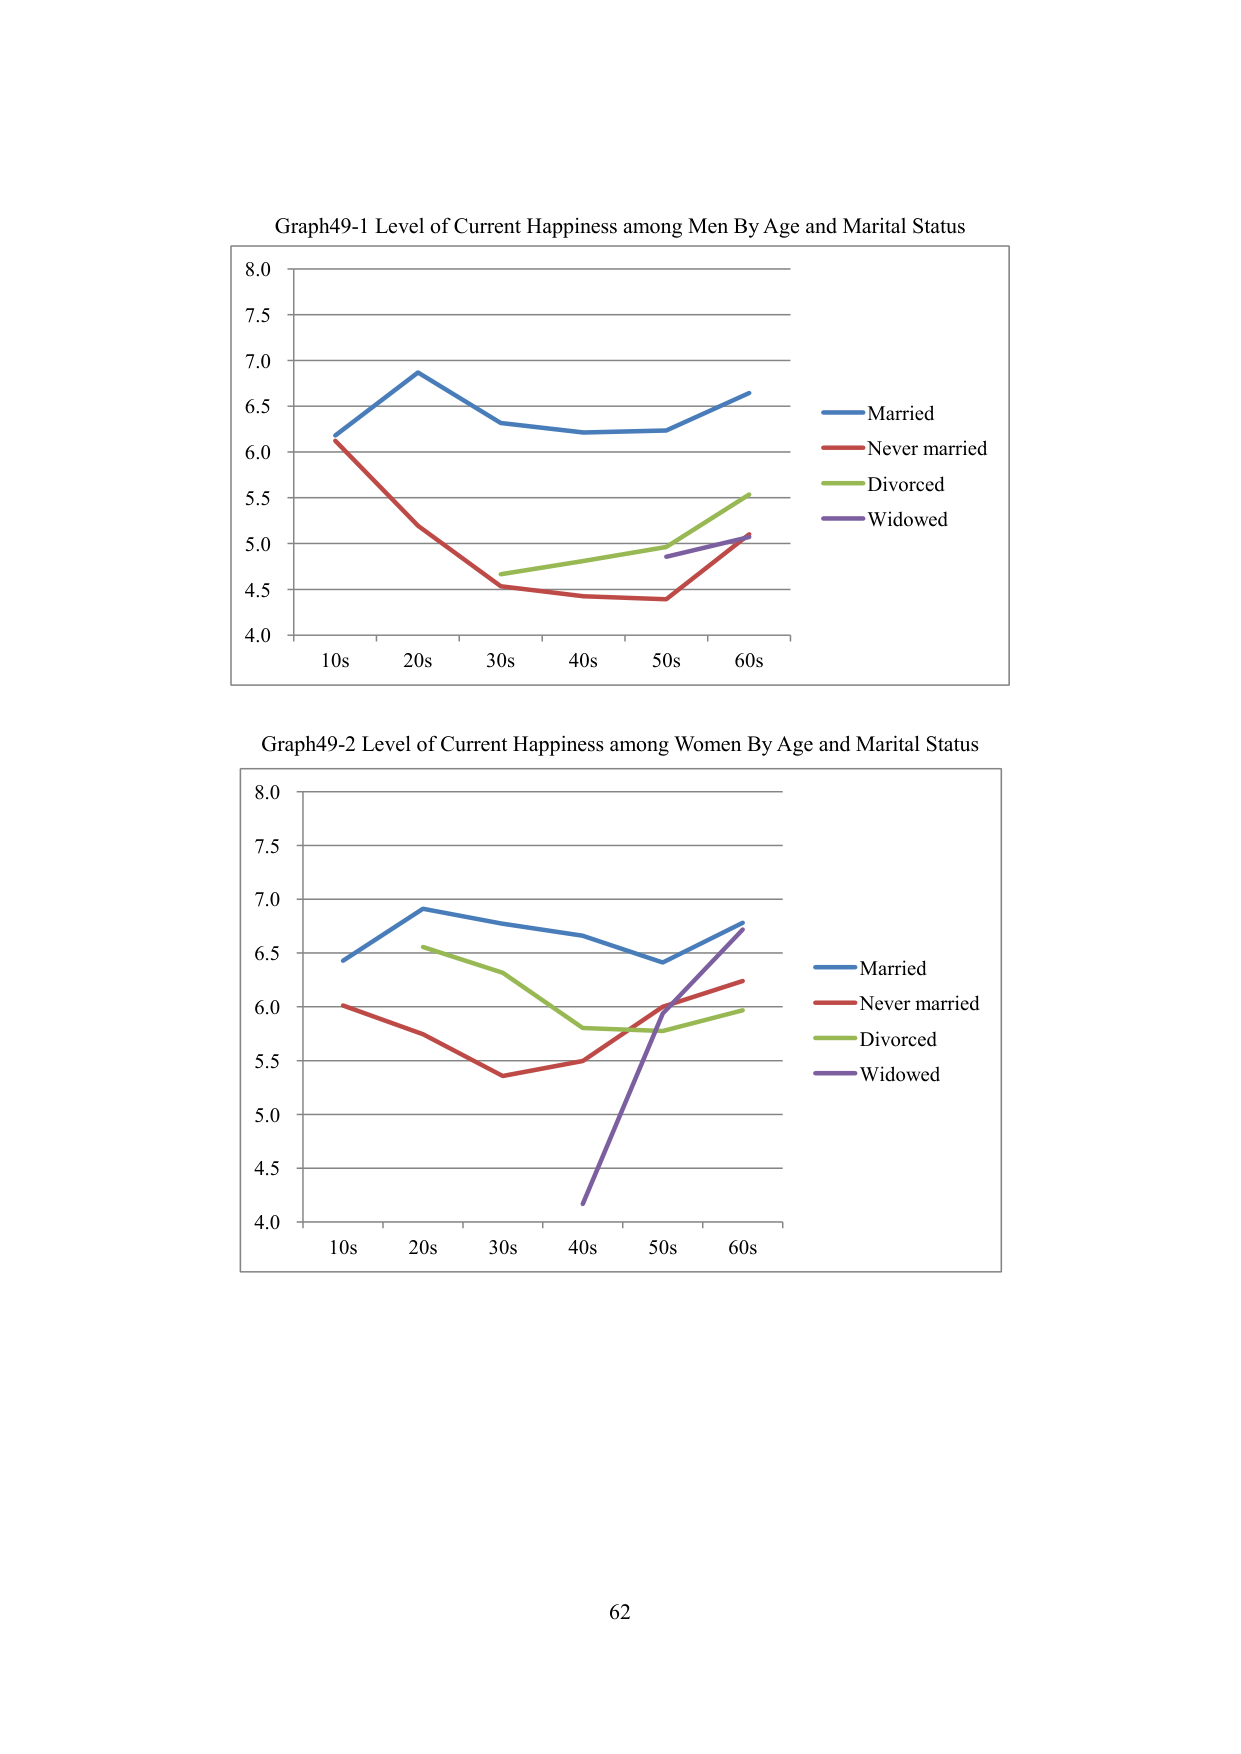
Graph49-1 Level of Current Happiness among Men By Age and Marital Status
8.0
7.5
7.0
6.5
6.0
5.5
5.0
4.5
4.0
10s 20s 30s 40s 50s 60s
Married
Never married
Divorced
Widowed
Graph49-2 Level of Current Happiness among Women By Age and Marital Status
8.0
7.5
7.0
6.5
6.0
5.5
5.0
4.5
4.0
10s 20s 30s 40s 50s 60s
Married
Never married
Divorced
Widowed
62